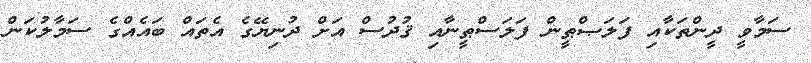
ސަމާވީ ދީންތަކާއި ފަލަޞްޠީން ފަލަސްޠީނާއި ޤުދުސް އަށް ދުނިޔޭގެ އެތައް ބައެއްގެ ސަމާލުކަން